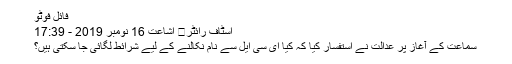
فائل فوٹو
اسٹاف رائٹر	 اشاعت 16 نومبر 2019 - 17:39
سماعت کے آغاز پر عدالت نے استفسار کیا کہ کیا ای سی ایل سے نام نکالنے کے لیے شرائط لگائی جا سکتی ہیں؟